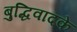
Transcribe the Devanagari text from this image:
बुद्धिवादके